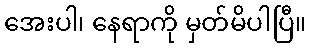
အေးပါ၊ နေရာကို မှတ်မိပါပြီ။